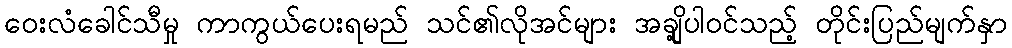
ဝေးလံခေါင်သီမှု ကာကွယ်ပေးရမည် သင်၏လိုအင်များ အချို့ပါဝင်သည့် တိုင်းပြည်မျက်နှာ